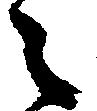
之